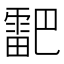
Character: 𮦞